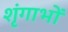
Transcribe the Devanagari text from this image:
शृंगाभों